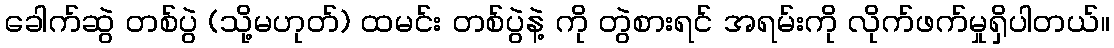
ခေါက်ဆွဲ တစ်ပွဲ (သို့မဟုတ်) ထမင်း တစ်ပွဲနဲ့ ကို တွဲစားရင် အရမ်းကို လိုက်ဖက်မှုရှိပါတယ်။